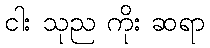
ငါး သုည ကိုး ဆရာ